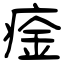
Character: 㾣